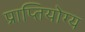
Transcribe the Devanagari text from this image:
प्राप्तियोग्य